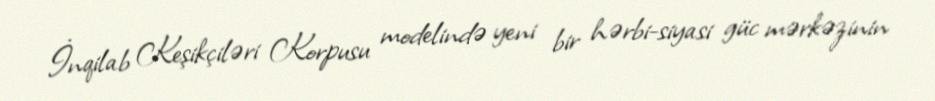
İnqilab Keşikçiləri Korpusu modelində yeni bir hərbi-siyasi güc mərkəzinin